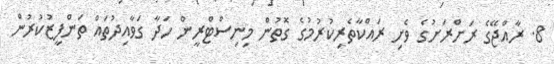
8. ރާއްޖޭގެ ރަށްރަށުގެ ވެށި ރައްކާތެރިކުރުމުގެ ގޮތުން މިނިސްޓްރީން ހަދާ ގަވާއިދުތައް ތަންފީޒުކުރުން